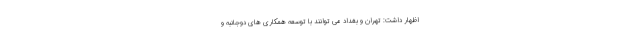
اظهار داشت: تهران و بغداد می توانند با توسعه همکاری های دوجانبه و